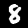
Digit: 8